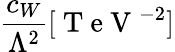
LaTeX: \frac{c_{W}}{\Lambda^{2}}[\mathrm{~T~e~V~}^{-2}]